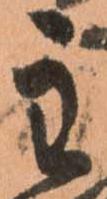
主